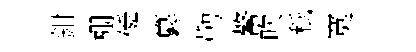
鉗棚僢纂勒鳌吹秪寞